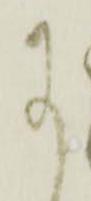
に